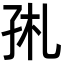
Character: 𡥑